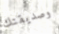
وصديقتك